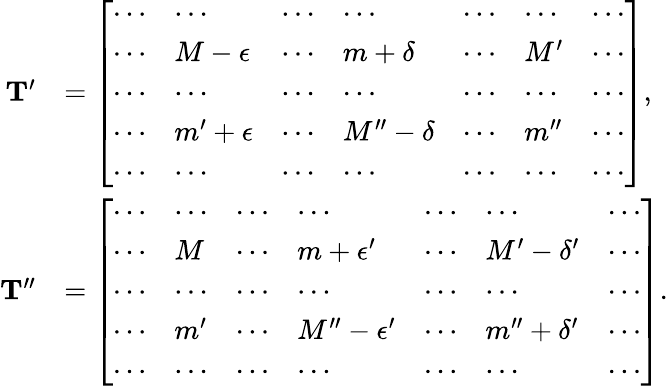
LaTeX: \begin{array}{rl}{\mathbf{T}^{\prime}}&{=\left[\begin{array}{lllllll}{\cdots}&{\cdots}&{\cdots}&{\cdots}&{\cdots}&{\cdots}&{\cdots}\\ {\cdots}&{M-\epsilon}&{\cdots}&{m+\delta}&{\cdots}&{M^{\prime}}&{\cdots}\\ {\cdots}&{\cdots}&{\cdots}&{\cdots}&{\cdots}&{\cdots}&{\cdots}\\ {\cdots}&{m^{\prime}+\epsilon}&{\cdots}&{M^{\prime\prime}-\delta}&{\cdots}&{m^{\prime\prime}}&{\cdots}\\ {\cdots}&{\cdots}&{\cdots}&{\cdots}&{\cdots}&{\cdots}&{\cdots}\end{array}\right],}\\ {\mathbf{T}^{\prime\prime}}&{=\left[\begin{array}{lllllll}{\cdots}&{\cdots}&{\cdots}&{\cdots}&{\cdots}&{\cdots}&{\cdots}\\ {\cdots}&{M}&{\cdots}&{m+\epsilon^{\prime}}&{\cdots}&{M^{\prime}-\delta^{\prime}}&{\cdots}\\ {\cdots}&{\cdots}&{\cdots}&{\cdots}&{\cdots}&{\cdots}&{\cdots}\\ {\cdots}&{m^{\prime}}&{\cdots}&{M^{\prime\prime}-\epsilon^{\prime}}&{\cdots}&{m^{\prime\prime}+\delta^{\prime}}&{\cdots}\\ {\cdots}&{\cdots}&{\cdots}&{\cdots}&{\cdots}&{\cdots}&{\cdots}\end{array}\right].}\end{array}